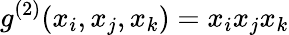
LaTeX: {g}^{(2)}(x_{i},x_{j},x_{k})=x_{i}x_{j}x_{k}